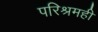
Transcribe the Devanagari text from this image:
परिश्रमही